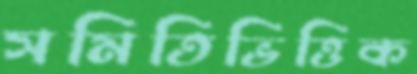
সমিতিভিত্তিক